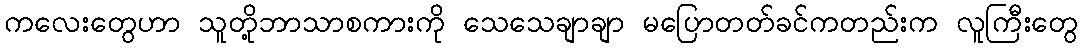
ကလေးတွေဟာ သူတို့ဘာသာစကားကို သေသေချာချာ မပြောတတ်ခင်ကတည်းက လူကြီးတွေ